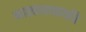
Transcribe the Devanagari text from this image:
भास्काराचार्यांचे